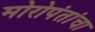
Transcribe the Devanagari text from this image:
मोरोपंतांचा